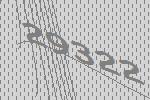
29322